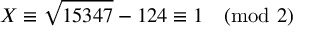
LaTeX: X \equiv { \sqrt { 1 5 3 4 7 } } - 1 2 4 \equiv 1 { \pmod { 2 } }